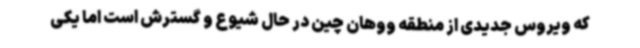
که ویروس جدیدی از منطقه ووهان چین در حال شیوع و گسترش است اما یکی